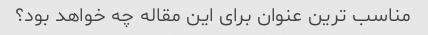
مناسب ترین عنوان برای این مقاله چه خواهد بود؟